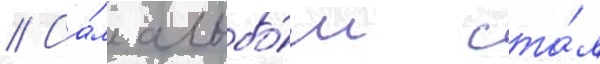
// Са́м альбо́м ста́л